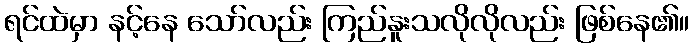
ရင်ထဲမှာ နင့်နေ သော်လည်း ကြည်နူးသလိုလိုလည်း ဖြစ်နေ၏။